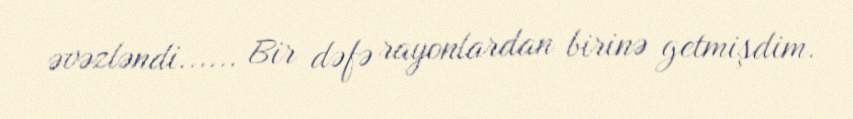
əvəzləndi...... Bir dəfə rayonlardan birinə getmişdim.